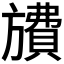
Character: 𪰂